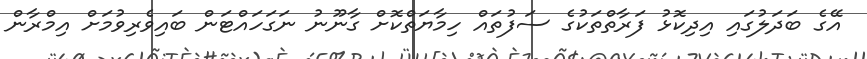
އޭގެ ބަދަލުގައި އިދިކޮޅު ފަރާތްތަކުގެ ސަފުތައް ހިމާޔަތްކޮށް ގާނޫނު ނަގަހައްޓަން ބައިވެރިވުމަށް އިމްރާން